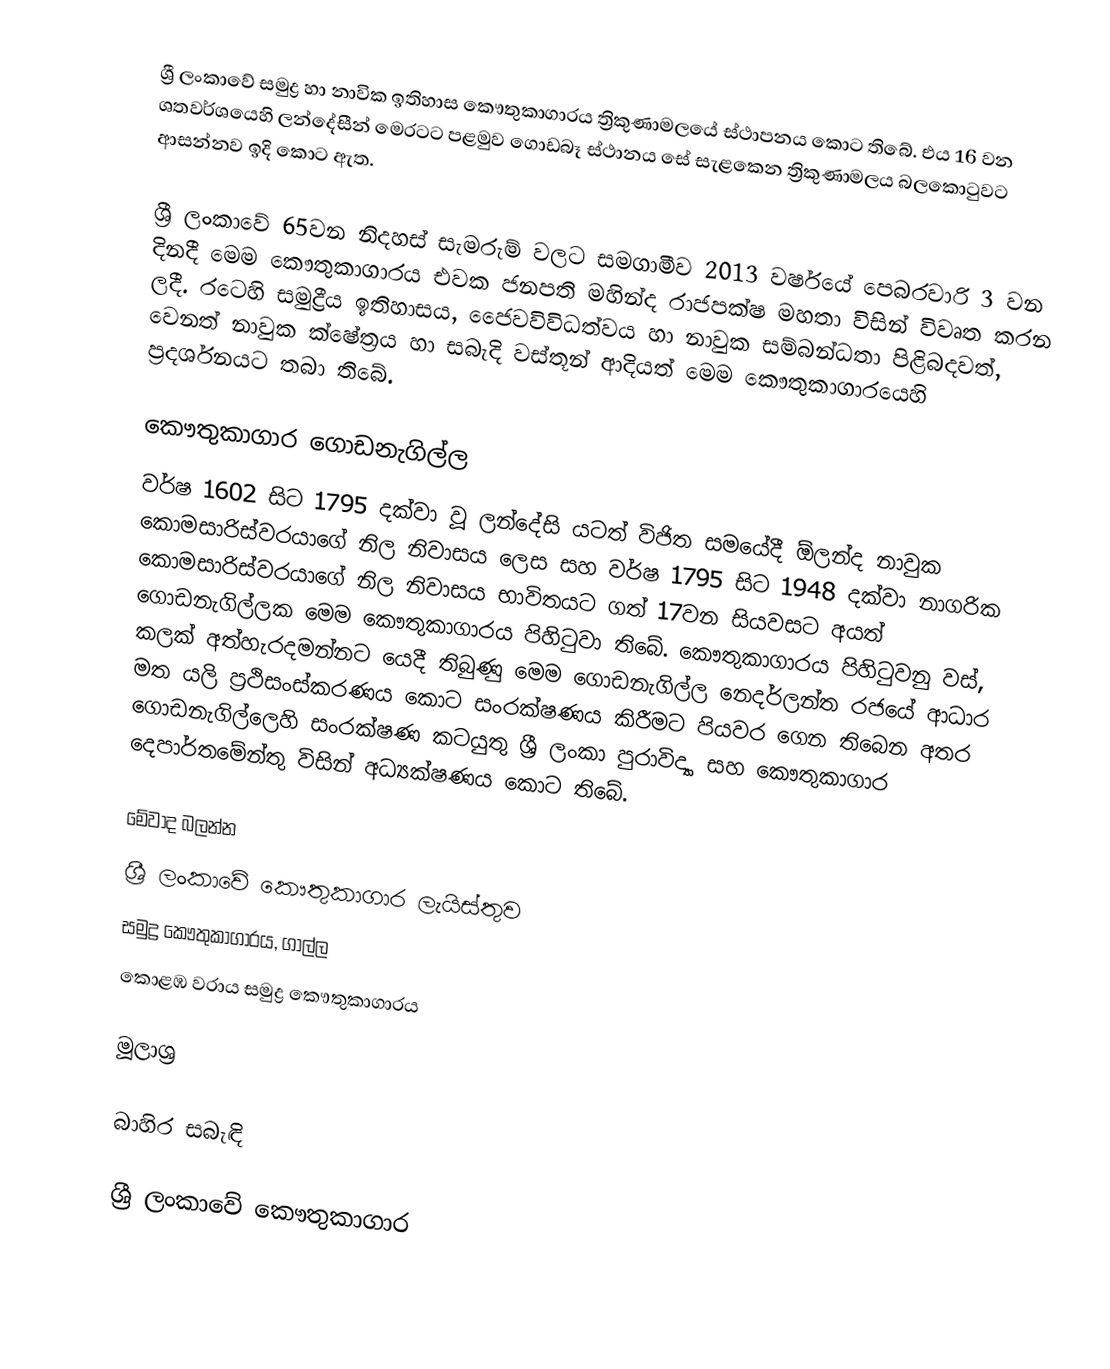
ශ්‍රී ලංකාවේ සමුද්‍ර හා නාවික ඉතිහාස කෞතුකාගාරය ත්‍රිකුණාමලයේ ස්ථාපනය කොට තිබේ. එය 16 වන ශතවර්ශයෙහි ලන්දේසීන් මෙරටට පළමුව ගොඩබෑ ස්ථානය සේ සැළකෙන ත්‍රිකුණාමලය බලකොටුවට ආසන්නව ඉදි කොට ඇත.

ශ්‍රී ලංකාවේ 65වන නිදහස් සැමරුම් වලට සමගාමීව 2013 වර්ෂයේ පෙබරවාරි 3 වන දිනදී මෙම කෞතුකාගාරය එවක ජනපති මහින්ද රාජපක්ෂ මහතා විසින් විවෘත කරන ලදී. රටෙහි සමුද්‍රීය ඉතිහාසය, ජෙෙවවිවිධත්වය හා නාවුක සම්බන්ධතා පිළිබදවත්, වෙනත් නාවුක ක්ෂේත්‍රය හා සබැදි වස්තූන් ආදියත් මෙම කෞතුකාගාරයෙහි ප්‍රදර්ශනයට තබා තිබේ.

කෞතුකාගාර ගොඩනැගිල්ල
වර්ෂ 1602 සිට 1795 දක්වා වූ ලන්දේසි යටත් විජිත සමයේදී ඕලන්ද නාවුක කොමසාරිස්වරයාගේ නිල නිවාසය ලෙස සහ වර්ෂ 1795 සිට 1948 දක්වා නාගරික කොමසාරිස්වරයාගේ නිල නිවාසය භාවිතයට ගත් 17වන සියවසට අයත් ගොඩනැගිල්ලක මෙම කෞතුකාගාරය පිහිටුවා තිබේ. කෞතුකාගාරය පිහිටුවනු වස්, කලක් අත්හැරදමන්නට යෙදී තිබුණු මෙම ගොඩනැගිල්ල  නෙදර්ලන්ත රජයේ ආධාර මත යලි ප්‍රථිසංස්කරණය කොට සංරක්ෂණය කිරීමට පියවර ගෙන තිබෙන අතර ගොඩනැගිල්ලෙහි සංරක්ෂණ කටයුතු ශ්‍රී ලංකා පුරාවිද්‍යා සහ කෞතුකාගාර දෙපාර්තමේන්තු විසින් අධ්‍යක්ෂණය කොට තිබේ.

මේවාද බලන්න
ශ්‍රී ලංකාවේ කෞතුකාගාර ලැයිස්තුව
සමුද්‍ර කෞතුකාගාරය, ගාල්ල
කොළඹ වරාය සමුද්‍ර කෞතුකාගාරය

මූලාශ්‍ර

බාහිර සබැඳි

ශ්‍රී ලංකාවේ කෞතුකාගාර